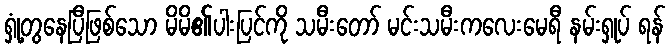
ရှုံ့တွနေပြီဖြစ်သော မိမိ၏ပါးပြင်ကို သမီးတော် မင်းသမီးကလေးမေရီ နမ်းရှုပ် ရန်